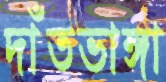
দাঁতভাঙ্গা